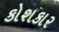
કોશકાર